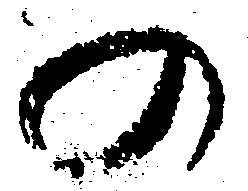
の